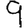
Digit: 9